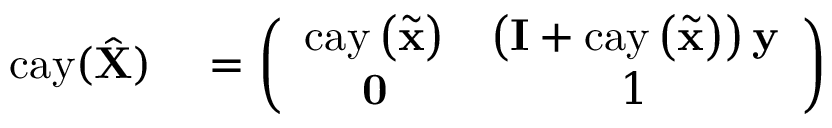
\begin{array} { r l } { \mathrm { c a y } ( \hat { \mathbf { X } } ) } & { { } = \left( \begin{array} { c c } { \mathrm { c a y } \left( \tilde { \mathbf { x } } \right) } & { \left( \mathbf { I } + \mathrm { c a y } \left( \tilde { \mathbf { x } } \right) \right) \mathbf { y } } \\ { \mathbf { 0 } } & { 1 } \end{array} \right) } \end{array}